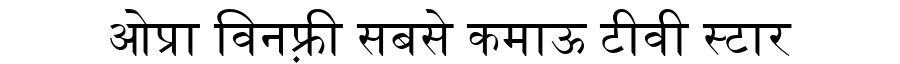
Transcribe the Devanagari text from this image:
ओप्रा विनफ़्री सबसे कमाऊ टीवी स्टार